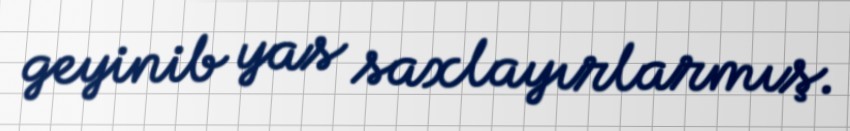
geyinib yas saxlayırlarmış.